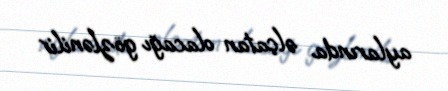
aylarında əlçatan olacağı gözlənilir.